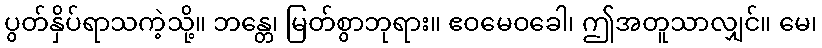
ပွတ်နှိပ်ရာသကဲ့သို့။ ဘန္တေ၊ မြတ်စွာဘုရား။ ဧဝမေဝခေါ၊ ဤအတူသာလျှင်။ မေ၊